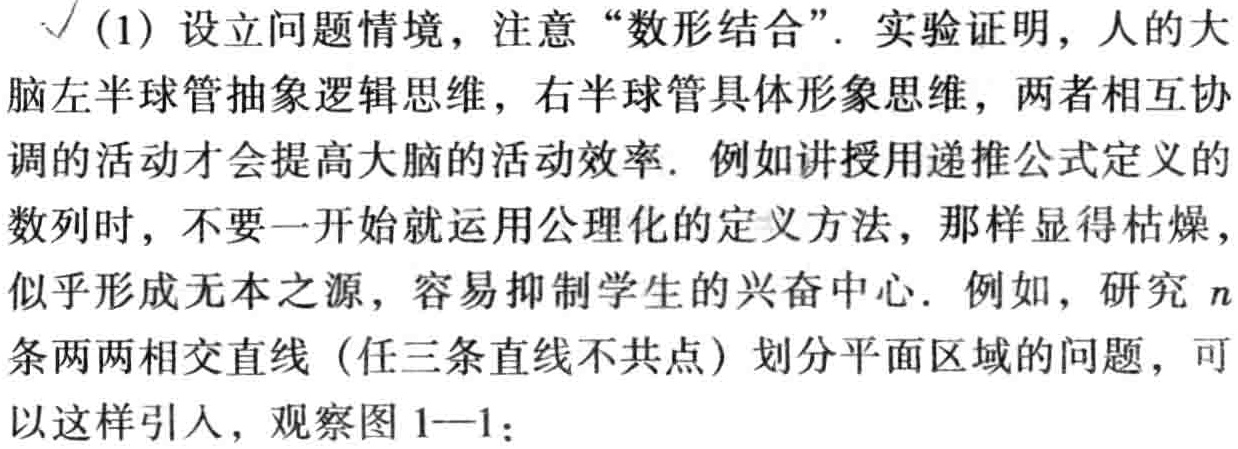
(1) 设立问题情境，注意 “数形结合”. 实验证明，人的大脑左半球管抽象逻辑思维，右半球管具体形象思维，两者相互协调的活动才会提高大脑的活动效率. 例如讲授用递推公式定义的数列时，不要一开始就运用公理化的定义方法，那样显得枯燥，似乎形成无本之源，容易抑制学生的兴奋中心. 例如，研究 \(n\) 条两两相交直线（任三条直线不共点）划分平面区域的问题，可以这样引人，观察图 1—1：